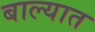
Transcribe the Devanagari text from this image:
बाल्यात